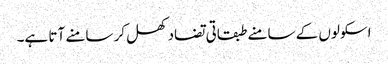
اسکولوں کے سامنے طبقاتی تضاد کھل کر سامنے آتا ہے۔